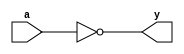
module _inv(a,y);			//module of 2-inputs invertor
	input a;					//input port
	output y;				//output port
	
	assign y=~a;			//output : ~a
endmodule					//end module

module _nand2(a,b,y);	//module of 2-inputs NAND gate
	input a,b;				//input port 
	output y;				//output port
	
	assign y=~(a&b);		//assign a NAND b	
endmodule					//end module

module _and2(a,b,y);		//module of 2-inputs AND gate
	input a,b;				//input port
	output y;				//output port
	
	assign y=a&b;			//assign a AND b
endmodule					//end module

module _or2(a,b,y);		//module of 2-inputs OR gate
	input a,b;				//input ports
	output y;				//output port
	
	assign y=a|b;			//assign a OR b
endmodule					//end module

module _xor2(a,b,y);		//module of 2-input XOR gate
	input a, b;				//input ports
	output y;				//output ports
	
	wire inv_a, inv_b;	//wire ports
	wire w0, w1;			//wire ports

	_inv U0_inv(.a(a), .y(inv_a));	//_inv instance(input : a output : inv_a of exclusive-or)
	_inv U1_inv(.a(b), .y(inv_b));	//_inv instance(input : b output : inv_b of exclusive-or)
	_and2 U2_and2(.a(inv_a), .b(b), .y(w0));	//_inv instance(input : inv_a, b output : w0 of exclusive-or)
	_and2 U3_and2(.a(a),.b(inv_b), .y(w1));	//_inv instance(input : a, inv_b output : w1 exclusive-or)
	_or2 U4_or2(.a(w0), .b(w1),.y(y));			//_inv instance(input : w0, w1 output=y of exclusive-or)
endmodule						//end module
	
module _and3(a,b,c,y);		//module of 3-inputs gate
	input a,b,c;				//input ports
	output y;					//output ports

	assign y=a&b&c;			//assign a AND b AND c
endmodule						//end module

module _and4(a,b,c,d,y);	//module of 4-inputs AND gate
	input a,b,c,d;				//input ports
	output y;					//output ports

	assign y=a&b&c&d;			//assign a AND b AND c AND d
endmodule						//end module
	
module _and5(a,b,c,d,e,y);	//module of 5-inputs AND gate
	input a,b,c,d,e;			//input ports
	output y;					//output ports

	assign y=a&b&c&d&e;		//assign a AND b AND c AND d AND e
endmodule						//end module

module _or3(a,b,c,y);		//module of 3-inputs OR gate
	input a,b,c;				//input port
	output y;					//output port

	assign y=a|b|c;			//assign a OR b OR c
endmodule						//end module

module _or4(a,b,c,d,y);		//module of 4-inputs OR gate
	input a,b,c,d;				//input ports
	output y;					//output ports

	assign y=a|b|c|d;			//assign a OR b OR c OR d
endmodule						//end module

module _or5(a,b,c,d,e,y);	//module of 5-inputs OR gate
	input a,b,c,d,e;			//input ports
	output y;					//output ports

	assign y=a|b|c|d|e;		//assign a OR b OR c OR d OR e
endmodule						//end module

module _inv_4bits(a,y);		//module of 4-bits invertor
	input [3:0] a;				//4-bits input ports
	output [3:0] y;			//4-bits output ports
	
	assign y=~a;				//assign NOT 4-bits a
	
endmodule						//end module

module _and2_4bits(a,b,y);	//module of 4-bits 2-input AND gate
input [3:0] a,b;				//4-bits input ports data a, b
output [3:0] y;				//4-bits output port
assign y=a&b;					//assign 4-bits a AND 4-bits b
endmodule						//end module

module _or2_4bits(a,b,y);	//module of 4-bits 2-input OR gate
input [3:0] a,b;				//4-bits input ports data a, b
output [3:0] y;				//4-bits output port
assign y=a|b;					//assign 4-bits a OR 4-bits b
endmodule						//end module

module _xor2_4bits(a,b,y);	//module of 4-bits 2-input XOR gate
input [3:0] a,b;				//4-bits input ports
output [3:0] y;				//4-bits output port
_xor2 U0_xor2(.a(a[0]), .b(b[0]), .y(y[0]));	//4-bits input a, b are inputted in four 1-bit xor gates 
_xor2 U1_xor2(.a(a[1]), .b(b[1]), .y(y[1]));
_xor2 U2_xor2(.a(a[2]), .b(b[2]), .y(y[2]));
_xor2 U3_xor2(.a(a[3]), .b(b[3]), .y(y[3]));
endmodule						//end module

module _xnor2_4bits(a,b,y);	//module of 4-bits 2-input XOR gate
input [3:0] a,b;					//4-bits input ports
output [3:0] y;					//4-bits output port
wire [3:0] w0;						//4-bits XOR gate's output
_xor2_4bits U0_xor2_4bits(.a(a), .b(b), .y(w0));	//4-bits input a, b are inputted in one 4-bit xor gates.
_inv_4bits U1_inv_4bits(.a(w0), .y(y));	//input w0 is inputted in 4-bits _inv
endmodule						//end module


module _inv_32bits(a,y);		//module of 32-bits invertor
input [31:0] a;					//32-bits input port	a
output [31:0] y;					//32-bits output port y
assign y=~a;						//assign ~a in y
endmodule							//end module

module _and2_32bits(a,b,y);	//module of 32-bits 2-input AND gate
input [31:0] a,b;					//32-bits input ports a,b - data1, data2
output [31:0] y;					//32-bits output port y
assign y=a&b;						//assign a AND b in y
endmodule							//end module

module _or2_32bits(a,b,y);		//module of 32-bits 2-input OR gate
input [31:0] a,b;					//32-bits input ports a,b - data1, data2
output [31:0] y;					//32-bits output port y
assign y=a|b;						//assign a OR b in y
endmodule							//end module


module _xor2_32bits(a,b,y);	//module of 32-bits 2-input XOR gate
input [31:0] a,b; 				//32-bits input ports a,b - data1, data2
output [31:0] y; 					//32-bits output port y

//Every a, b are inputted in instance of _xor2_4bits as 4-bits scale.
_xor2_4bits U0_xor2_4bits(.a(a[3:0]), .b(b[3:0]), .y(y[3:0])); 
_xor2_4bits U1_xor2_4bits(.a(a[7:4]), .b(b[7:4]), .y(y[7:4])); 
_xor2_4bits U2_xor2_4bits(.a(a[11:8]), .b(b[11:8]), .y(y[11:8])); 
_xor2_4bits U3_xor2_4bits(.a(a[15:12]), .b(b[15:12]), .y(y[15:12])); 
_xor2_4bits U4_xor2_4bits(.a(a[19:16]), .b(b[19:16]), .y(y[19:16])); 
_xor2_4bits U5_xor2_4bits(.a(a[23:20]), .b(b[23:20]), .y(y[23:20])); 
_xor2_4bits U6_xor2_4bits(.a(a[27:24]), .b(b[27:24]), .y(y[27:24])); 
_xor2_4bits U7_xor2_4bits(.a(a[31:28]), .b(b[31:28]), .y(y[31:28])); 

endmodule							//end module

module _xnor2_32bits(a,b,y); 	//module of 32-bits 2-input XNOR gate
input [31:0] a,b;					//32-bits input ports a,b - data1,2
output [31:0] y;					//32-bits output ports y
//Every a, b are inputted in instance of _xor2_4bits as 4-bits scale.
_xnor2_4bits U0_xnor2_4bits(.a(a[3:0]), .b(b[3:0]), .y(y[3:0]));
_xnor2_4bits U1_xnor2_4bits(.a(a[7:4]), .b(b[7:4]), .y(y[7:4]));
_xnor2_4bits U2_xnor2_4bits(.a(a[11:8]), .b(b[11:8]), .y(y[11:8]));
_xnor2_4bits U3_xnor2_4bits(.a(a[15:12]), .b(b[15:12]), .y(y[15:12]));
_xnor2_4bits U4_xnor2_4bits(.a(a[19:16]), .b(b[19:16]), .y(y[19:16]));
_xnor2_4bits U5_xnor2_4bits(.a(a[23:20]), .b(b[23:20]), .y(y[23:20]));
_xnor2_4bits U6_xnor2_4bits(.a(a[27:24]), .b(b[27:24]), .y(y[27:24]));
_xnor2_4bits U7_xnor2_4bits(.a(a[31:28]), .b(b[31:28]), .y(y[31:28]));
endmodule							//end module

module _nor2(a,b,y);				
input a,b;
output y;
assign y=~(a|b);
endmodule